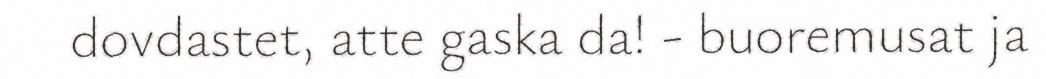
dovdastet, atte gaska da! - buoremusat ja